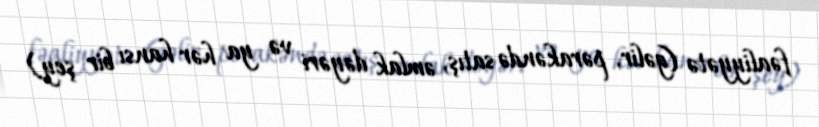
fəaliyyətə (gəlir, pərakəndə satış, əmlak dəyəri və ya hər hansı bir şey)